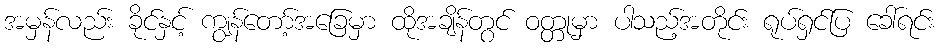
အမှန်လည်း ခိုင်နှင့် ကျွန်တော့်အခြေမှာ ထိုအချိန်တွင် ဝတ္တုမှာ ပါသည့်အတိုင်း ရုပ်ရှင်ပြ ခေါ်ရင်း